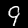
Label: 9